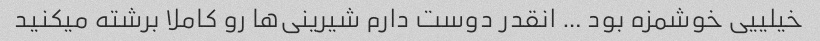
خیلییی خوشمزه بود … انقدر دوست دارم شیرینی‌ها رو کاملا برشته میکنید